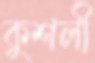
কুশলী